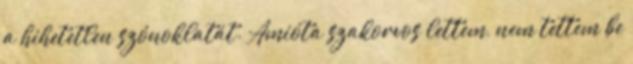
a hihetetlen szónoklatát. Amióta szakorvos lettem, nem tettem be